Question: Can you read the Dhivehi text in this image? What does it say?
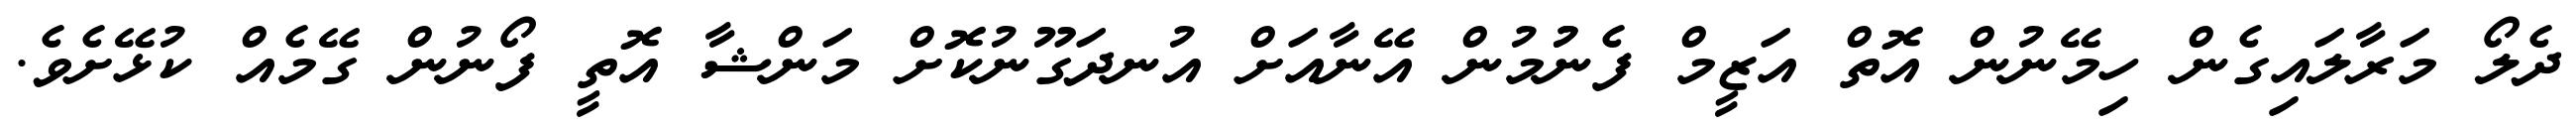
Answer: ދެލޯ މަރާލައިގެން ހިމޭނުން އޮތް އަޒީމް ފެނުުމުން އޭނާއަށް އުނދަގޫނުކޮށް މަންޝާ އޮތީ ފޯނުން ގޭމެއް ކުޅޭށެވެ.